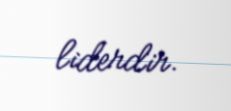
liderdir.